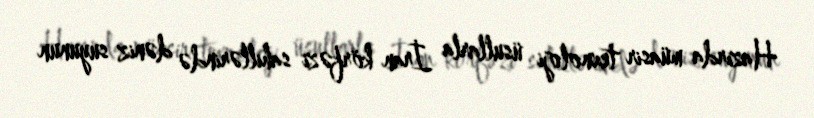
Hazırda müasir texnoloji üsullarla İran körfəzi sahillərində dəniz suyunun